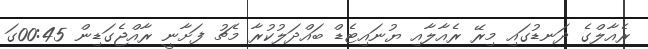
ރެއާލްގެ ދަނޑުގައި މިރޭ ރެއާލާއި ޔުނައިޓެޑް ބައްދަލުކުރާ މެޗު ފަށާނީ ރާއްޖެގަޑިން 00:45ގަ